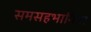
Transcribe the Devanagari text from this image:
समसहभागिता